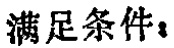
满足条件：